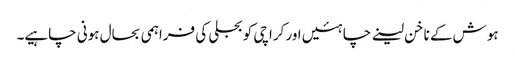
ہوش کے ناخن لینے چاہئیں اور کراچی کو بجلی کی فراہمی بحال ہونی چاہیے۔